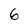
Character: 6